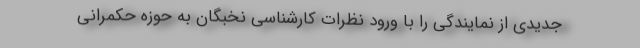
جدیدی از نمایندگی را با ورود نظرات کارشناسی نخبگان به حوزه حکمرانی